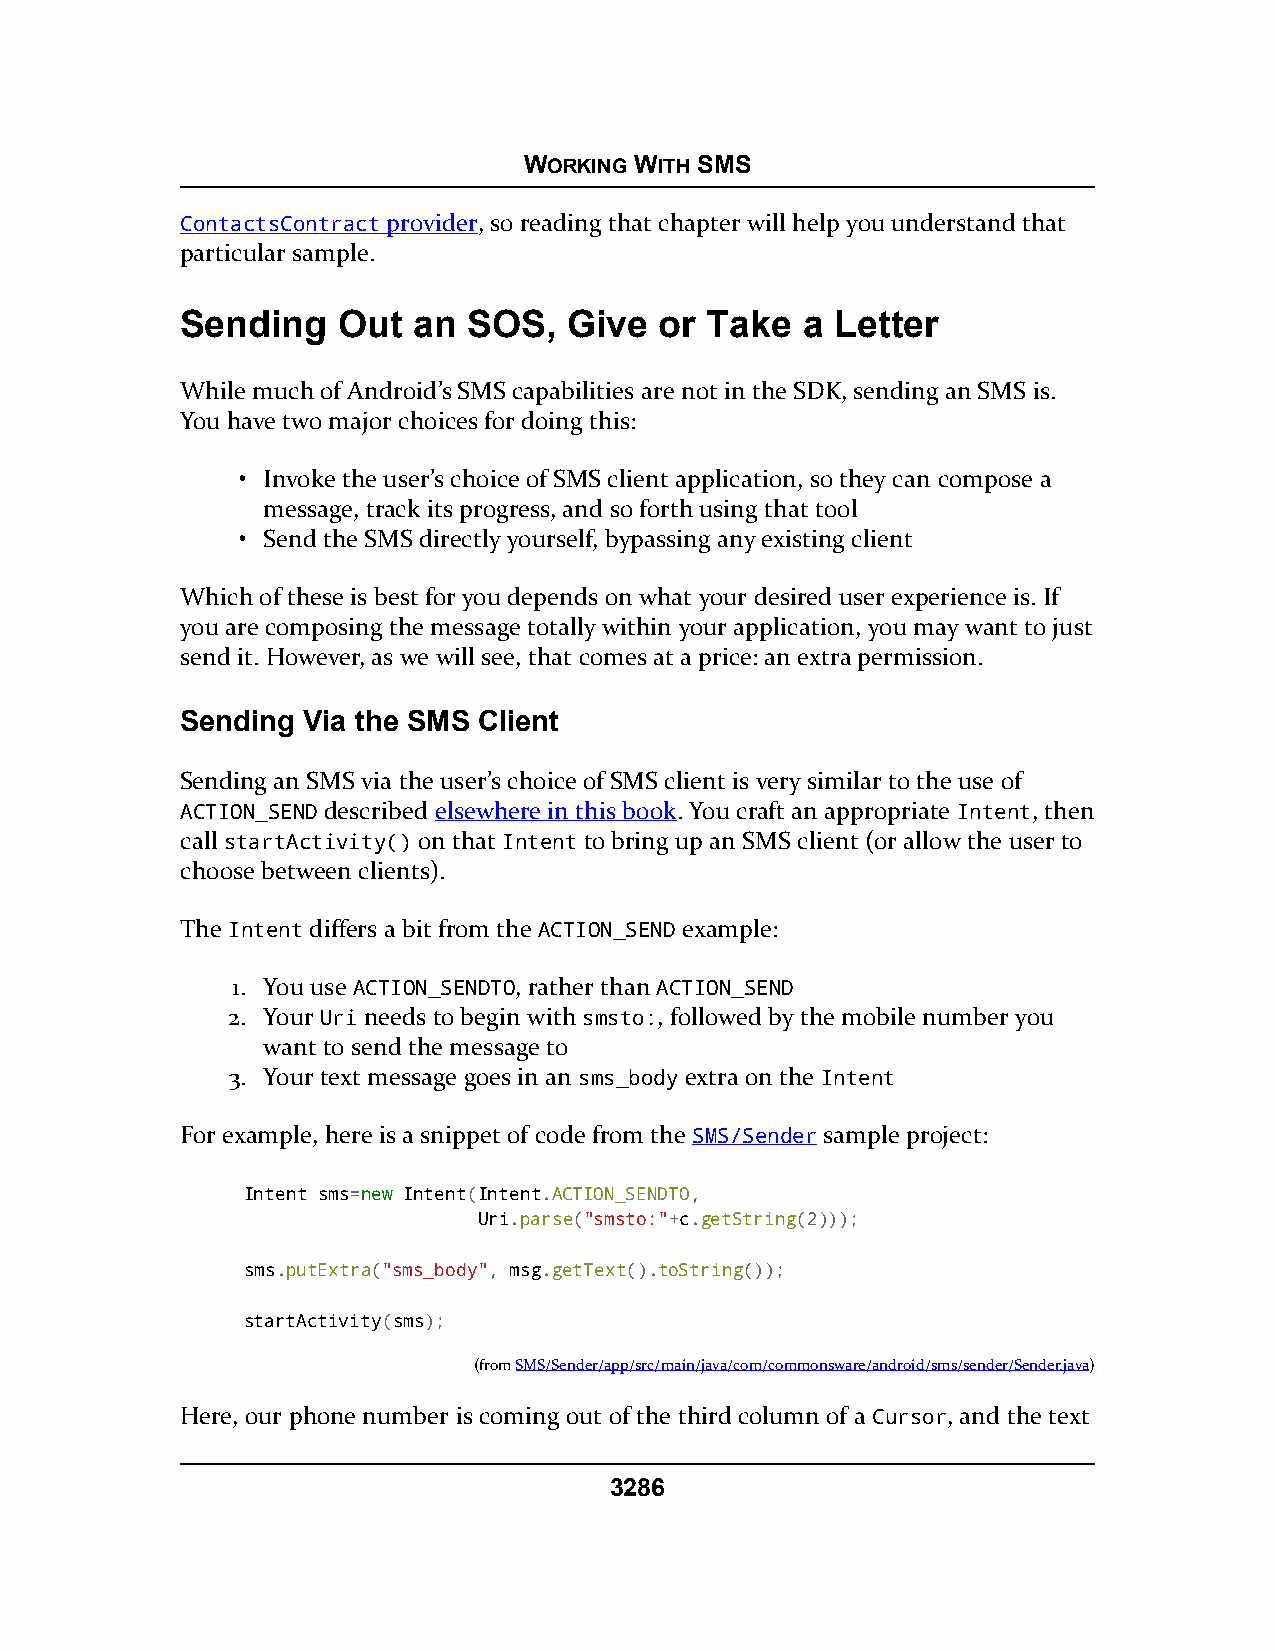
WORKING WITH SMS
 ContactsContract provider, so reading that chapter will help you understand that
 particular sample.
 Sending   Out  an  SOS,   Give  or Take  a Letter
 While much of Android’s SMS capabilities are not in the SDK, sending an SMS is.
 You have two major choices for doing this:
 • Invoke the user’s choice of SMS client application, so they can compose a
 message, track its progress, and so forth using that tool
 • Send the SMS directly yourself, bypassing any existing client
 Which of these is best for you depends on what your desired user experience is. If
 you are composing the message totally within your application, you may want to just
 send it. However, as we will see, that comes at a price: an extra permission.
 Sending Via the SMS Client
 Sending an SMS via the user’s choice of SMS client is very similar to the use of
 ACTION_SEND described elsewhere in this book. You craft an appropriate Intent, then
 call startActivity() on that Intent to bring up an SMS client (or allow the user to
 choose between clients).
 The Intent differs a bit from the ACTION_SEND example:
 1. You use ACTION_SENDTO, rather than ACTION_SEND
 2. Your Uri needs to begin with smsto:, followed by the mobile number you
 want to send the message to
 3. Your text message goes in an sms_body extra on the Intent
 For example, here is a snippet of code from the SMS/Sender sample project:
 Intent sms=nneeww Intent(Intent.ACTION_SENDTO,
 Uri.parse("smsto:"+c.getString(2)));
 sms.putExtra("sms_body", msg.getText().toString());
 startActivity(sms);
 (fromSMS/Sender/app/src/main/java/com/commonsware/android/sms/sender/Sender.java)
 Here, our phone number is coming out of the third column of a Cursor, and the text
 3286